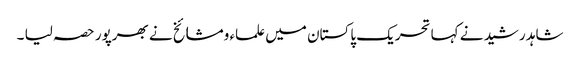
شاہد رشید نے کہا تحریک پاکستان میں علماء ومشائخ نے بھرپور حصہ لیا ۔